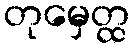
တုမှေတ္ထ